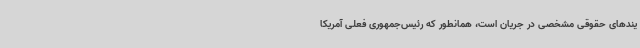
یندهای حقوقی مشخصی در جریان است، همانطور که رئیس‌جمهوری فعلی آمریکا